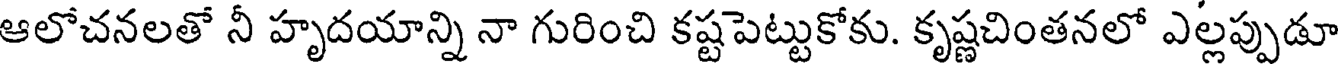
ఆలోచనలతో నీ హృదయాన్ని నా గురించి కష్టపెట్టుకోకు. కృష్ణచింతనలో ఎల్లప్పుడూ